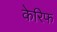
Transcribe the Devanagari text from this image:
केरिफ